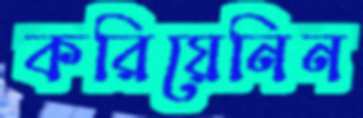
করিয়েনিন